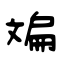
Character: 斒